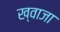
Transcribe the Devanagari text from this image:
ख्‍वाजा